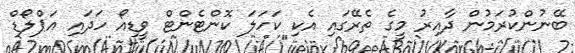
ބޭނުންކުރަމުން ދާއިރު މީގެ ތެރޭގައި އެކި ކަހަލަ ކޮންޓެންޓް ވީޑިއޯ ހަދައި އަޕްލޯޑް